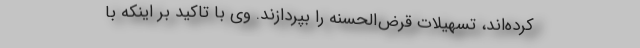
کرده‌اند، تسهیلات قرض‌الحسنه را بپردازند. وی با تاکید بر اینکه با